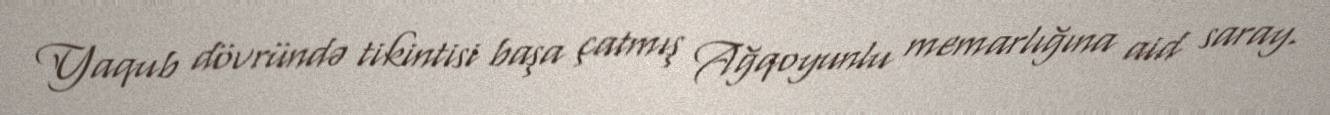
Yaqub dövründə tikintisi başa çatmış Ağqoyunlu memarlığına aid saray.